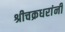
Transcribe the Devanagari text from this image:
श्रीचक्रधरांनी